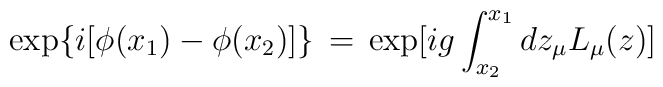
\exp \{ i [ \phi (x_1) - \phi (x_2)] \} \,=\, \exp [ i g \int_{x_2}^{x_1}d z_{\mu} L_{\mu} (z) ]